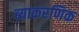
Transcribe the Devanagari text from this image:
ब्याकरणिक